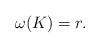
LaTeX: \begin{align*} \omega(K)=r. \end{align*}